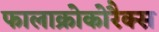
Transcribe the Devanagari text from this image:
फालाक्रोकोरैक्स